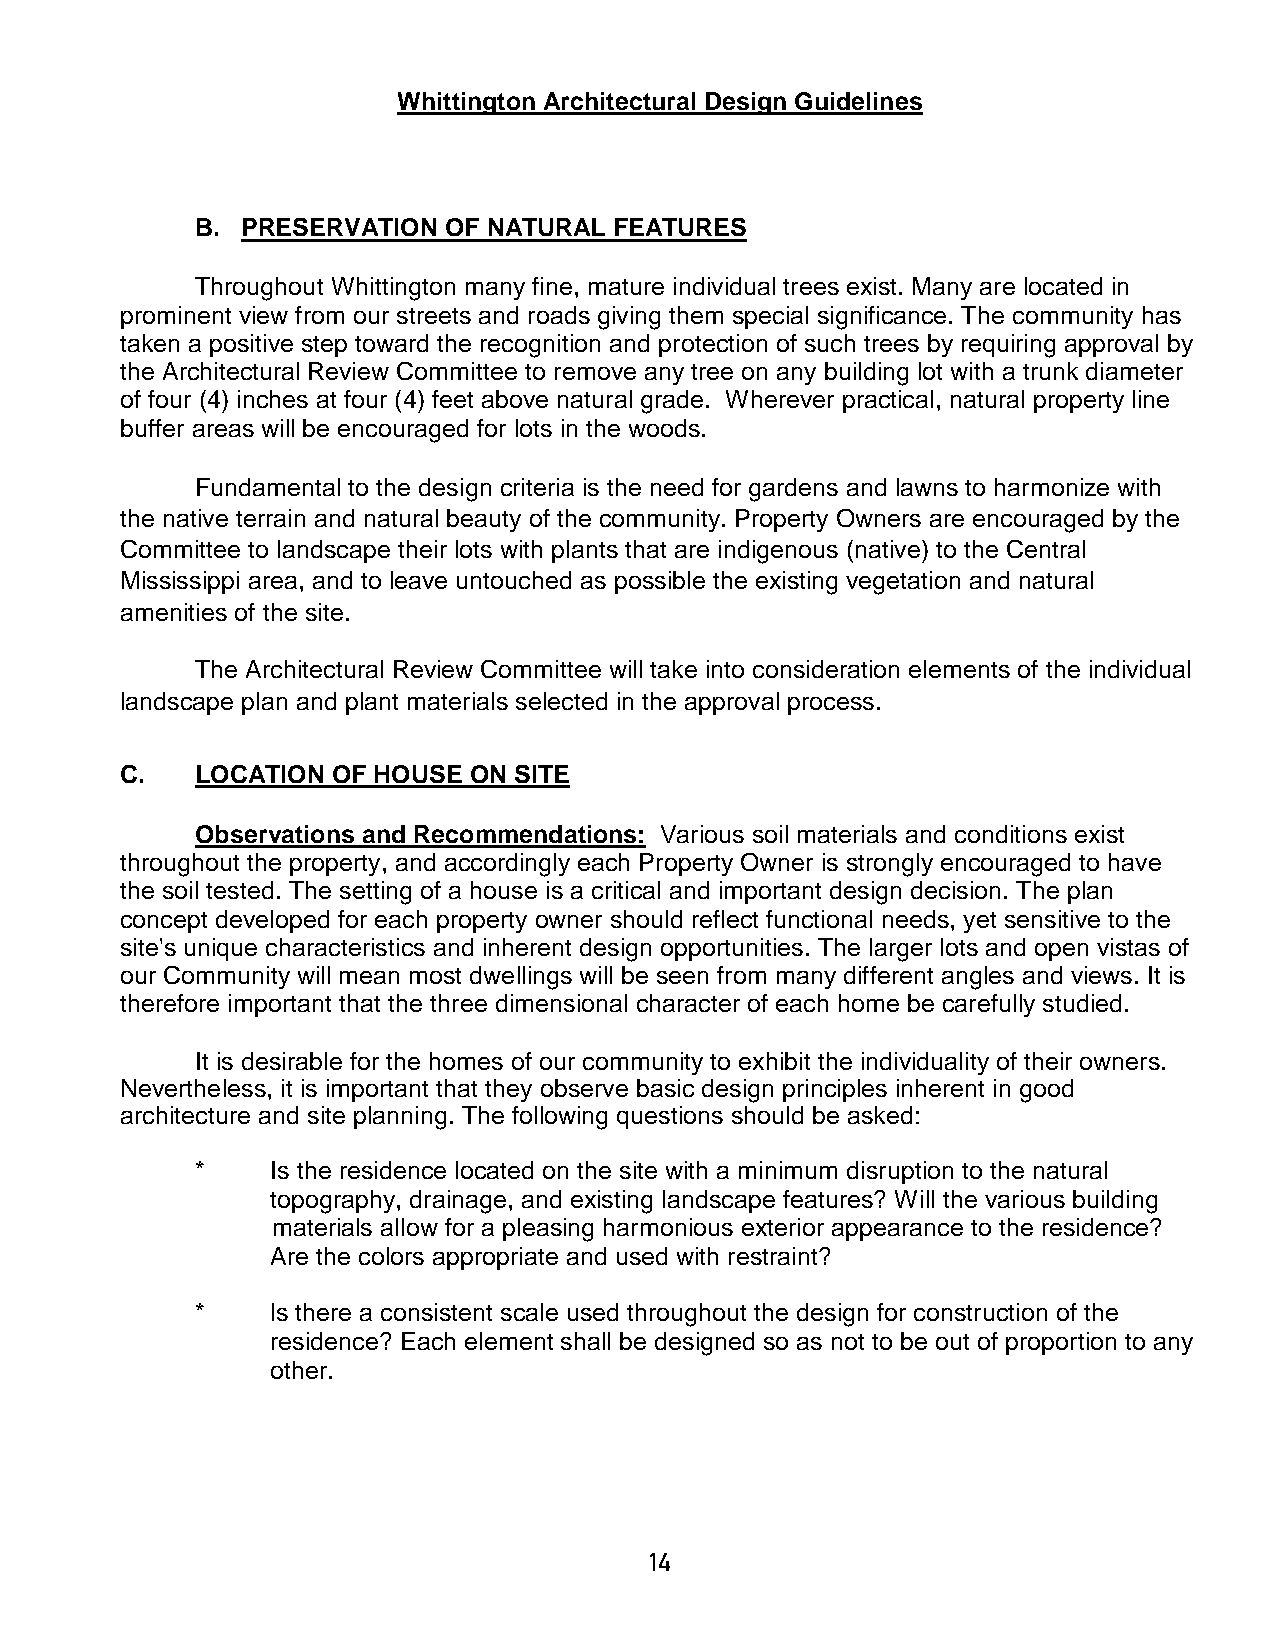
Whittington Architectural Design Guidelines
 B. PRESERVATION OF NATURAL  FEATURES
 Throughout Whittington many fine, mature individual trees exist. Many are located in
 prominent view from our streets and roads giving them special significance. The community has
 taken a positive step toward the recognition and protection of such trees by requiring approval by
 the Architectural Review Committee to remove any tree on any building lot with a trunk diameter
 of four (4) inches at four (4) feet above natural grade. Wherever practical, natural property line
 buffer areas will be encouraged for lots in the woods.
 Fundamental to the design criteria is the need for gardens and lawns to harmonize with
 the native terrain and natural beauty of the community. Property Owners are encouraged by the
 Committee to landscape their lots with plants that are indigenous (native) to the Central
 Mississippi area, and to leave untouched as possible the existing vegetation and natural
 amenities of the site.
 The Architectural Review Committee will take into consideration elements of the individual
 landscape plan and plant materials selected in the approval process.
 C.   LOCATION OF HOUSE ON SITE
 Observations and Recommendations: Various soil materials and conditions exist
 throughout the property, and accordingly each Property Owner is strongly encouraged to have
 the soil tested. The setting of a house is a critical and important design decision. The plan
 concept developed for each property owner should reflect functional needs, yet sensitive to the
 site's unique characteristics and inherent design opportunities. The larger lots and open vistas of
 our Community will mean most dwellings will be seen from many different angles and views. It is
 therefore important that the three dimensional character of each home be carefully studied.
 It is desirable for the homes of our community to exhibit the individuality of their owners.
 Nevertheless, it is important that they observe basic design principles inherent in good
 architecture and site planning. The following questions should be asked:
 *    Is the residence located on the site with a minimum disruption to the natural
 topography, drainage, and existing landscape features? Will the various building
 materials allow for a pleasing harmonious exterior appearance to the residence?
 Are the colors appropriate and used with restraint?
 *    ls there a consistent scale used throughout the design for construction of the
 residence? Each element shall be designed so as not to be out of proportion to any
 other.
 14